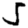
Digit: 5